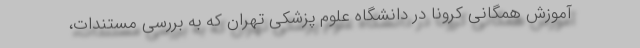
آموزش همگانی کرونا در دانشگاه علوم پزشکی تهران که به بررسی مستندات،